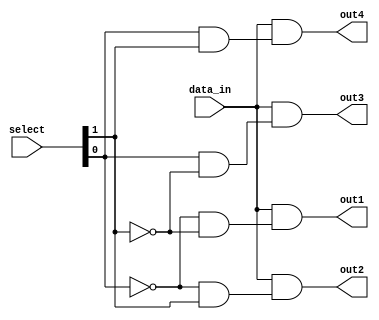
module demux_1to4 (
    input [1:0] select,
    input data_in,
    output reg out1,
    output reg out2,
    output reg out3,
    output reg out4
);

reg [3:0] decoder_out;

// Binary decoder
assign decoder_out[0] = ~select[0] & ~select[1];
assign decoder_out[1] = ~select[0] & select[1];
assign decoder_out[2] = select[0] & ~select[1];
assign decoder_out[3] = select[0] & select[1];

// AND gates
always @* begin
    out1 = data_in & decoder_out[0];
    out2 = data_in & decoder_out[1];
    out3 = data_in & decoder_out[2];
    out4 = data_in & decoder_out[3];
end

endmodule